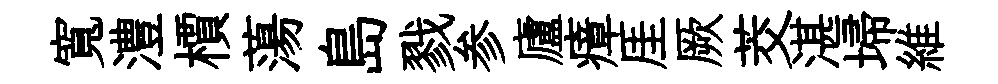
寬澧檟蕩島戮参廬瘴厓厥茭湛埽維